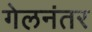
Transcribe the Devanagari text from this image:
गेलनंतर